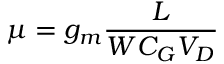
\mu = g _ { m } \frac { L } { W C _ { G } V _ { D } }